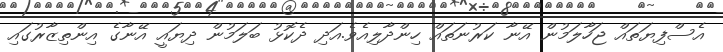
އެސްފިޔަތައް ޖަހާލަމުން އޭނާ ކަރުނަތައް ހިންދާލިއެވެ.އަދި ދެކޮޅު ބަލަމުން ދިޔައީ އޭނާގެ އިންތިޒާރުގައި